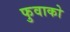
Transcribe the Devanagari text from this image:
फुवाको